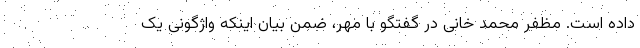
داده است. مظفر محمد خانی در گفتگو با مهر، ضمن بیان اینکه واژگونی یک